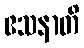
ဧသနာတိ